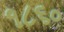
૧૮૬૦